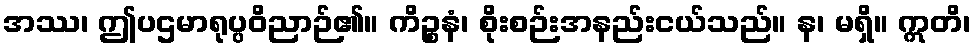
အဿ၊ ဤပဌမာရုပ္ပဝိညာဉ်၏။ ကိဉ္စနံ၊ စိုးစဉ်းအနည်းငယ်သည်။ န၊ မရှိ။ ဣတိ၊